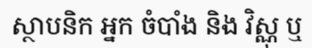
ស្ថាបនិក អ្នក ចំបាំង និង វិស្ណុ ឬ